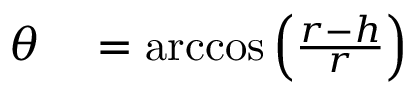
\begin{array} { r l } { \theta } & { { } = \operatorname { a r c c o s } \left( { \frac { r - h } { r } } \right) } \end{array}